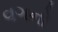
વગનો